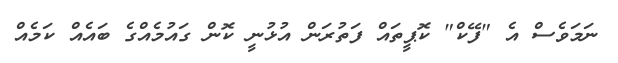
ނަމަވެސް އެ "ފޭކް" ކޮޕީތައް ފަތުރަން އުޅުނީ ކޮން ގައުމެއްގެ ބައެއް ކަމެއް